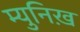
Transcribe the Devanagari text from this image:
म्युनिख़